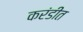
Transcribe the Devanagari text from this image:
करंडीत